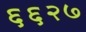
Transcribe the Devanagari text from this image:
६६२७